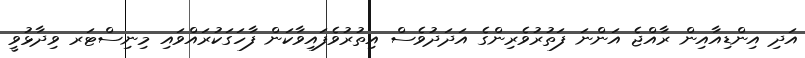
އަދި އިންޑިއާއިން ރާއްޖެ އަންނަ ފަތުރުވެރިންގެ އަދަދުވެސް އިތުރުވެފައިވާކަން ފާހަގަކުރައްވައި މިނިސްޓަރ ވިދާޅުވީ